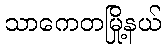
သာကေတမြို့နယ်